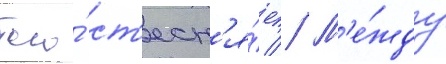
того́ ст'есн'я́ет // М'е́жду